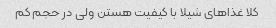
کلا غذاهای شیلا با کیفیت هستن ولی در حجم کم